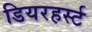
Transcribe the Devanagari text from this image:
डियरहर्स्ट